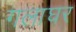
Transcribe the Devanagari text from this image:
गलाघर